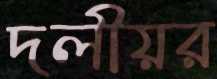
দলীয়র